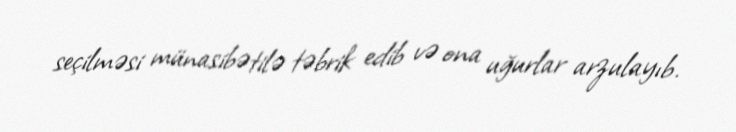
seçilməsi münasibətilə təbrik edib və ona uğurlar arzulayıb.